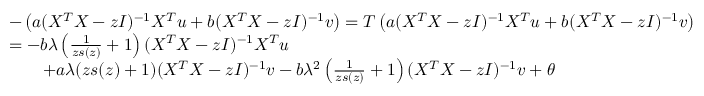
\begin{array} { r l } & { - \left( a ( X ^ { T } X - z I ) ^ { - 1 } X ^ { T } { \boldsymbol u } + b ( X ^ { T } X - z I ) ^ { - 1 } { \boldsymbol v } \right) = T \left( a ( X ^ { T } X - z I ) ^ { - 1 } X ^ { T } { \boldsymbol u } + b ( X ^ { T } X - z I ) ^ { - 1 } { \boldsymbol v } \right) } \\ & { = - b \lambda \left( \frac { 1 } { z s ( z ) } + 1 \right) ( X ^ { T } X - z I ) ^ { - 1 } X ^ { T } { \boldsymbol u } } \\ & { \qquad + a \lambda ( z s ( z ) + 1 ) ( X ^ { T } X - z I ) ^ { - 1 } { \boldsymbol v } - b \lambda ^ { 2 } \left( \frac { 1 } { z s ( z ) } + 1 \right) ( X ^ { T } X - z I ) ^ { - 1 } { \boldsymbol v } + { \boldsymbol \theta } } \end{array}